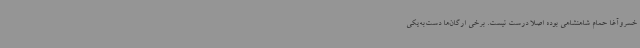
خسروآغا حمام شاهنشاهی بوده اصلاً درست نیست. برخی ارگان‌ها دست‌به‌یکی